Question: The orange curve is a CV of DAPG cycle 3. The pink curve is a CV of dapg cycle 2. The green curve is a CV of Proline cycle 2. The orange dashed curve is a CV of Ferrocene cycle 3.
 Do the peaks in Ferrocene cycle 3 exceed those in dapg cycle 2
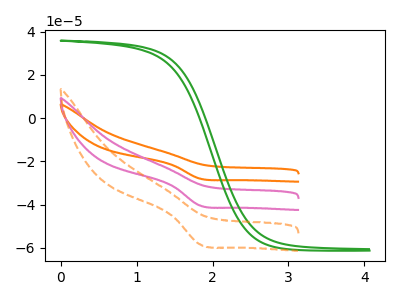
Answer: <think>The orange curve "DAPG cycle 3" has a cathodic peak at: (1.85V, -80.85uA). The pink curve "dapg cycle 2" has a cathodic peak at: (1.85V, -40.40uA). The green curve "Proline cycle 2" has no peaks. The orange dashed curve "Ferrocene cycle 3" has a cathodic peak at: (1.85V, -58.40uA).</think>
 <answer>Every peak in "Ferrocene cycle 3" is higher than every peak in "dapg cycle 2".</answer>
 <eval>higher</eval>